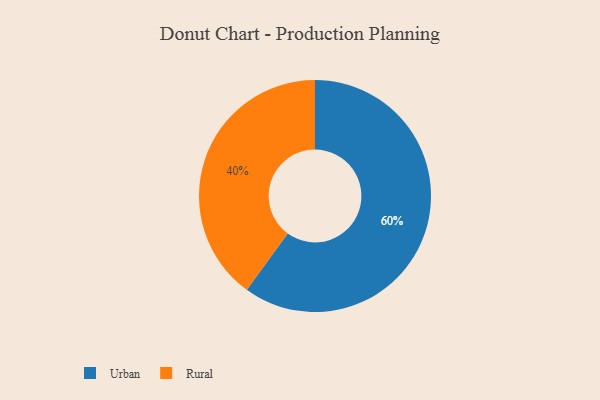
{"axis": {"x": "Category", "y": "Percentage"}, "legend": ["Rural", "Urban"], "data": [{"x": "Rural", "y": 40, "type": "Rural"}, {"x": "Urban", "y": 60, "type": "Urban"}]}